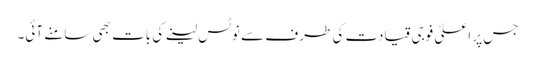
جس پر اعلیٰ فوجی قیادت کی طرف سے نوٹس لینے کی بات بھی سامنے آئی۔